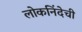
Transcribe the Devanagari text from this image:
लोकनिंदेची